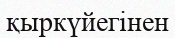
қыркүйегінен